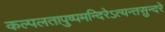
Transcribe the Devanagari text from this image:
कल्पलतापुष्पमन्दिरेऽत्यन्तसुन्दरे